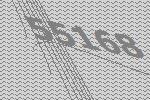
55168